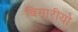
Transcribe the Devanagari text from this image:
बिमारीयो